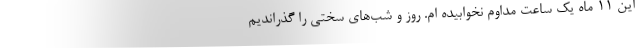
این ۱۱ ماه یک ساعت مداوم نخوابیده ام. روز و شب‌های سختی را گذراندیم